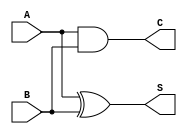
module threshold_half_adder (
    input wire A,  // 1-bit input A
    input wire B,  // 1-bit input B
    output wire S, // 1-bit output Sum
    output wire C  // 1-bit output Carry
);

// Logic for Sum (S) using XOR
assign S = A ^ B; // Sum is A XOR B

// Logic for Carry (C) using AND
assign C = A & B; // Carry is A AND B

endmodule